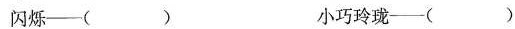
闪烁——( ) 小巧玲珑——( )